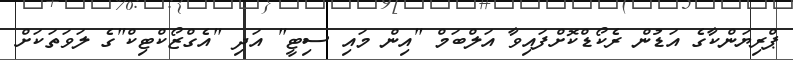
ޕްރިޔަންކާގެ އަޑުން ރެކޯޑްކޮށްފައިވާ އަލްބަމް "އިން މައި ސިޓީ" އަދި "އެގްޒޯކްޓިކް"ގެ ލަވަތަކަށް